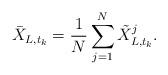
LaTeX: \begin{align*}\bar{X}_{L,t_{k}}=\frac{1}{N}\sum^{N}_{j=1}\tilde{X}_{L,t_{k}}^{j}.\end{align*}